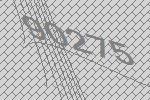
90275